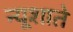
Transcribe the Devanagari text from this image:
न्यूशाते